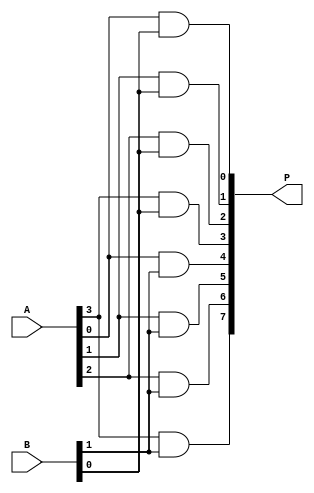
module async_wallace_tree_multiplier #(parameter A_WIDTH = 4, B_WIDTH = 4)(
    input [A_WIDTH-1:0] A,
    input [B_WIDTH-1:0] B,
    output reg [2*A_WIDTH-1:0] P
);

    // Partial Product Generation
    wire [A_WIDTH * B_WIDTH - 1:0] pp; // Partial products
    genvar i, j;
    generate
        for (i = 0; i < B_WIDTH; i = i + 1) begin : pp_gen
            for (j = 0; j < A_WIDTH; j = j + 1) begin : pp_row
                assign pp[i * A_WIDTH + j] = A[j] & B[i];
            end
        end
    endgenerate

    // Wallace Tree Structure
    wire [A_WIDTH * B_WIDTH - 1:0] sum;
    wire [A_WIDTH * B_WIDTH - 1:0] carry;

    // Half Adder
    function [1:0] half_adder(input a, input b);
        half_adder = {a & b, a ^ b};
    endfunction

    // Full Adder
    function [2:0] full_adder(input a, input b, input c);
        full_adder = {(a & b) | (b & c) | (a & c), a ^ b ^ c};
    endfunction

    // Wallace Tree Reduction
    integer level;
    reg [A_WIDTH * B_WIDTH - 1:0] current_level;
    initial begin
        current_level = pp;
        for (level = 0; level < A_WIDTH + B_WIDTH - 2; level = level + 1) begin
            // Perform reduction at each level
            // This is a simplified version; you may need to implement a more complex reduction logic
            // based on the number of bits and levels in the tree.
            // Example: Combine bits in pairs using half and full adders.
            // Update current_level based on the results of the adders.
        end
    end

    // Final Summation
    always @(*) begin
        // Combine the final bits to produce the product
        // This is a placeholder; you would implement the final summation logic here.
        P = current_level; // Replace with actual final summation logic
    end

endmodule